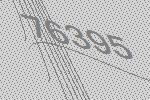
76395